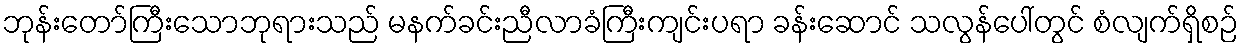
ဘုန်းတော်ကြီးသောဘုရားသည် မနက်ခင်းညီလာခံကြီးကျင်းပရာ ခန်းဆောင် သလွန်ပေါ်တွင် စံလျက်ရှိစဉ်